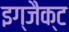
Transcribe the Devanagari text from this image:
इग्जैक्ट